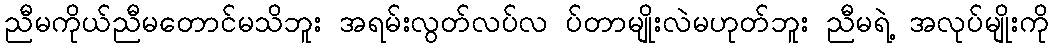
ညီမကိုယ်ညီမတောင်မသိဘူး အရမ်းလွတ်လပ်လ ပ်တာမျိုးလဲမဟုတ်ဘူး ညီမရဲ့ အလုပ်မျိုးကို